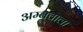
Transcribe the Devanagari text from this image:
अम्बवाला